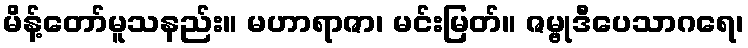
မိန့်တော်မူသနည်း။ မဟာရာဇာ၊ မင်းမြတ်။ ဇမ္ဗုဒီပေသာဂရေ၊